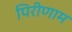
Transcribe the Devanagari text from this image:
पिरीणाम